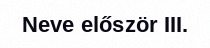
Neve először III.